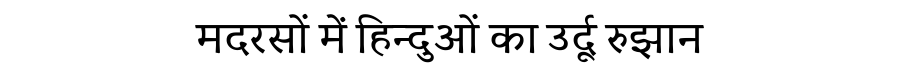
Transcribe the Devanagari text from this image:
मदरसों में हिन्दुओं का उर्दू रुझान